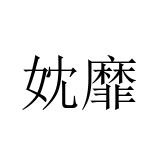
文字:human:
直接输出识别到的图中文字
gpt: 妉靡